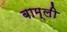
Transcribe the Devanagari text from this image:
बाम्ली